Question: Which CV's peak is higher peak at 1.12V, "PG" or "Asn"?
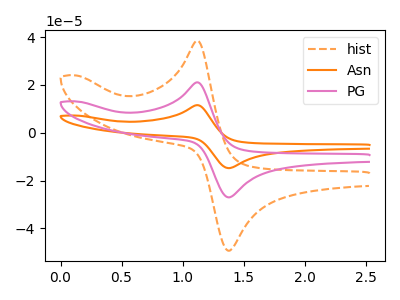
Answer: <think>The orange dashed curve "hist" has an anodic peak at (1.10V, 38.50uA) and a cathodic peak at (1.40V, -49.25uA). The orange curve "Asn" has an anodic peak at (1.10V, 42.15uA) and a cathodic peak at (1.40V, -53.95uA). The pink curve "PG" has an anodic peak at (1.10V, 21.10uA) and a cathodic peak at (1.40V, -26.95uA).</think>
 <answer>The peak at 1.12V is lower in "PG" than in "Asn".</answer>
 <eval>lower</eval>